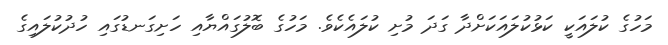
މަހުގެ ކުލައަކީ ކަޅުކުލައަކަށްދާ ގަދަ މުށި ކުލައެކެވެ. މަހުގެ ބޮލުގައްޔާއި ހަށިގަނޑުގައި ހުދުކުލައިގެ